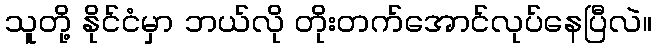
သူတို့ နိုင်ငံမှာ ဘယ်လို တိုးတက်အောင်လုပ်နေပြီလဲ။